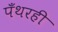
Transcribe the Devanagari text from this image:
पँथरही